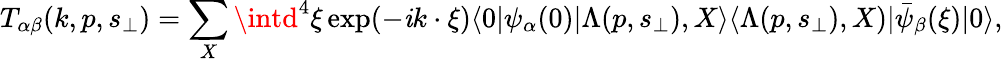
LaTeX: T_{\alpha\beta}(k,p,s_{\perp})=\sum_{X}\intd^{4}\xi\exp(-\mathit{i}k\cdot\xi)\langle0|\psi_{\alpha}(0)|\Lambda(p,s_{\perp}),X\rangle\langle\Lambda(p,s_{\perp}),X)|\bar{{\psi}}_{\beta}(\xi)|0\rangle,